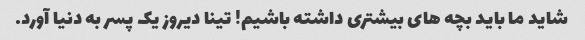
شاید ما باید بچه های بیشتری داشته باشیم! تینا دیروز یک پسر به دنیا آورد.